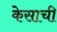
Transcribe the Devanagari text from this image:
केसाची